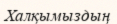
Халқымыздың